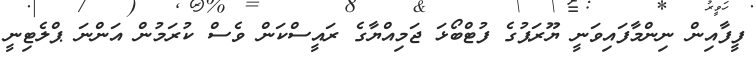
ފީފާއިން ނިންމާފައިވަނީ ޔޫރަޕުގެ ފުޓްބޯޅަ ޖަމިއްޔާގެ ރައީސްކަން ވެސް ކުރަމުން އަންނަ ޕްލެޓިނީ